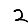
Digit: 2